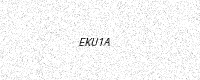
Text: EKU1A